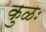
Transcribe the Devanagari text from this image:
कुळः